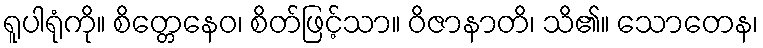
ရူပါရုံကို။ စိတ္တေနေဝ၊ စိတ်ဖြင့်သာ။ ဝိဇာနာတိ၊ သိ၏။ သောတေန၊